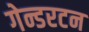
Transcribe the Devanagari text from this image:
गेन्डरटन